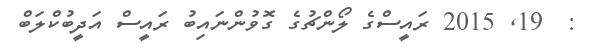
:  19